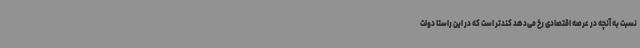
نسبت به آنچه در عرصه اقتصادی رخ می‌دهد کندتر است که در این راستا دولت